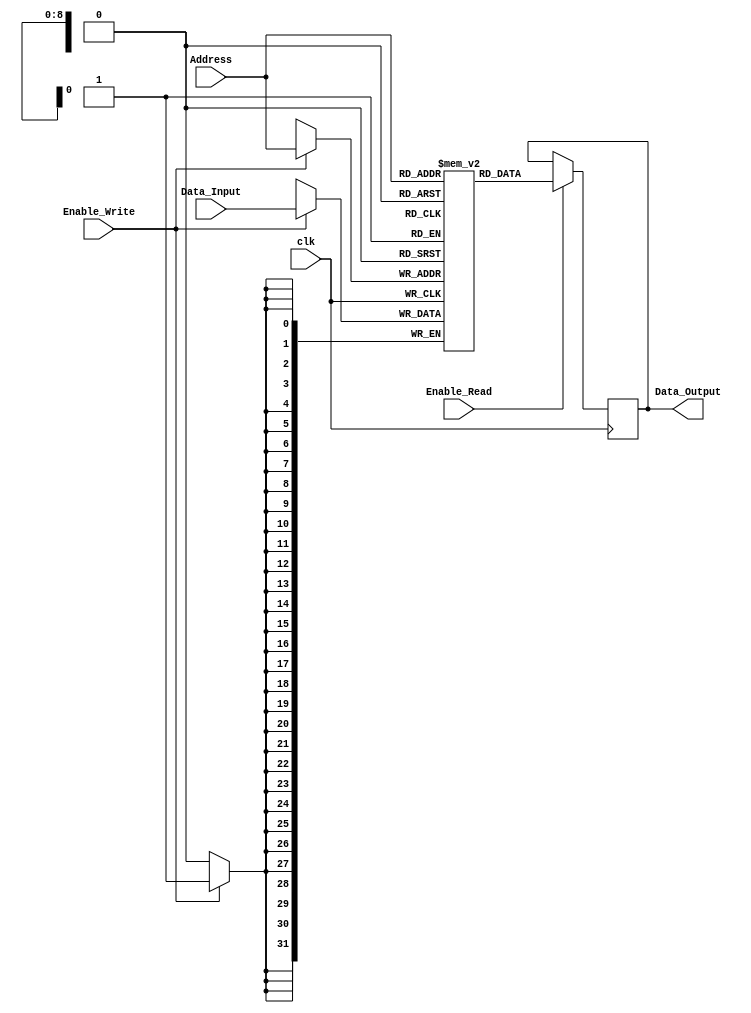
`timescale 1ns / 1ps


module 
 single_port_memory #(parameter
///////////advanced parameters//////////
	DATA_WIDTH 				= 32,
	MEM_SIZE 				= 512
	)(
	input clk,
	input Enable_Write,
	input Enable_Read,
	input [$clog2(MEM_SIZE)-1:0] Address,
	input [DATA_WIDTH-1:0] Data_Input,
	output reg [DATA_WIDTH-1:0] Data_Output
    );
    
	reg [DATA_WIDTH-1:0] Memory[MEM_SIZE-1:0];

	always @ (posedge clk)
	begin
		if (Enable_Write) 
		   Memory[Address] <= Data_Input; 
		if(Enable_Read)
		   Data_Output<= Memory[Address];
	end
endmodule